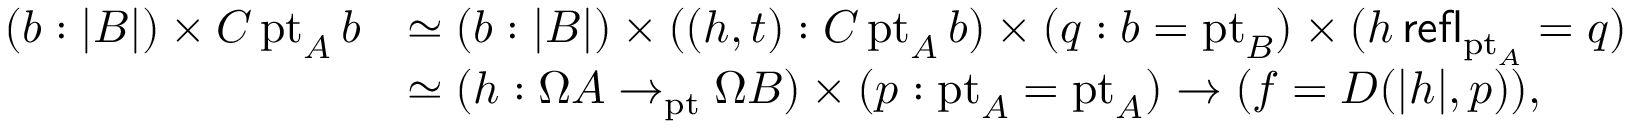
\begin{array} { r l } { ( b : | B | ) \times C \, \mathrm { p t } _ { A } \, b } & { \simeq ( b : | B | ) \times ( ( h , t ) : C \, \mathrm { p t } _ { A } \, b ) \times ( q : b = \mathrm { p t } _ { B } ) \times ( h \, \mathsf { r e f l } _ { \mathrm { p t } _ { A } } = q ) } \\ & { \simeq ( h : \Omega A \to _ { \mathrm { p t } } \Omega B ) \times ( p : \mathrm { p t } _ { A } = \mathrm { p t } _ { A } ) \to ( f = D ( | h | , p ) ) , } \end{array}